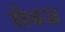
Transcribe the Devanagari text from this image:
सेवज